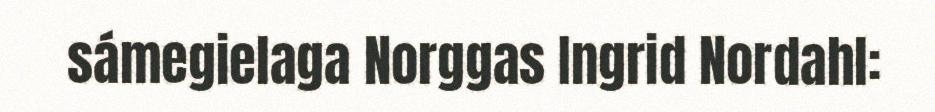
sámegielaga Norggas Ingrid Nordahl: